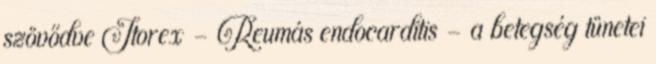
szövődve Itorex - Reumás endocarditis - a betegség tünetei